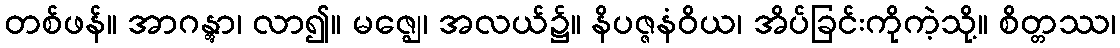
တစ်ဖန်။ အာဂန္တွာ၊ လာ၍။ မဇ္ဈေ၊ အလယ်၌။ နိပဇ္ဇနံဝိယ၊ အိပ်ခြင်းကိုကဲ့သို့။ စိတ္တဿ၊